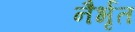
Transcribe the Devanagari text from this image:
नैर्भृत